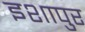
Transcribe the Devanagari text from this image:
इशापुर